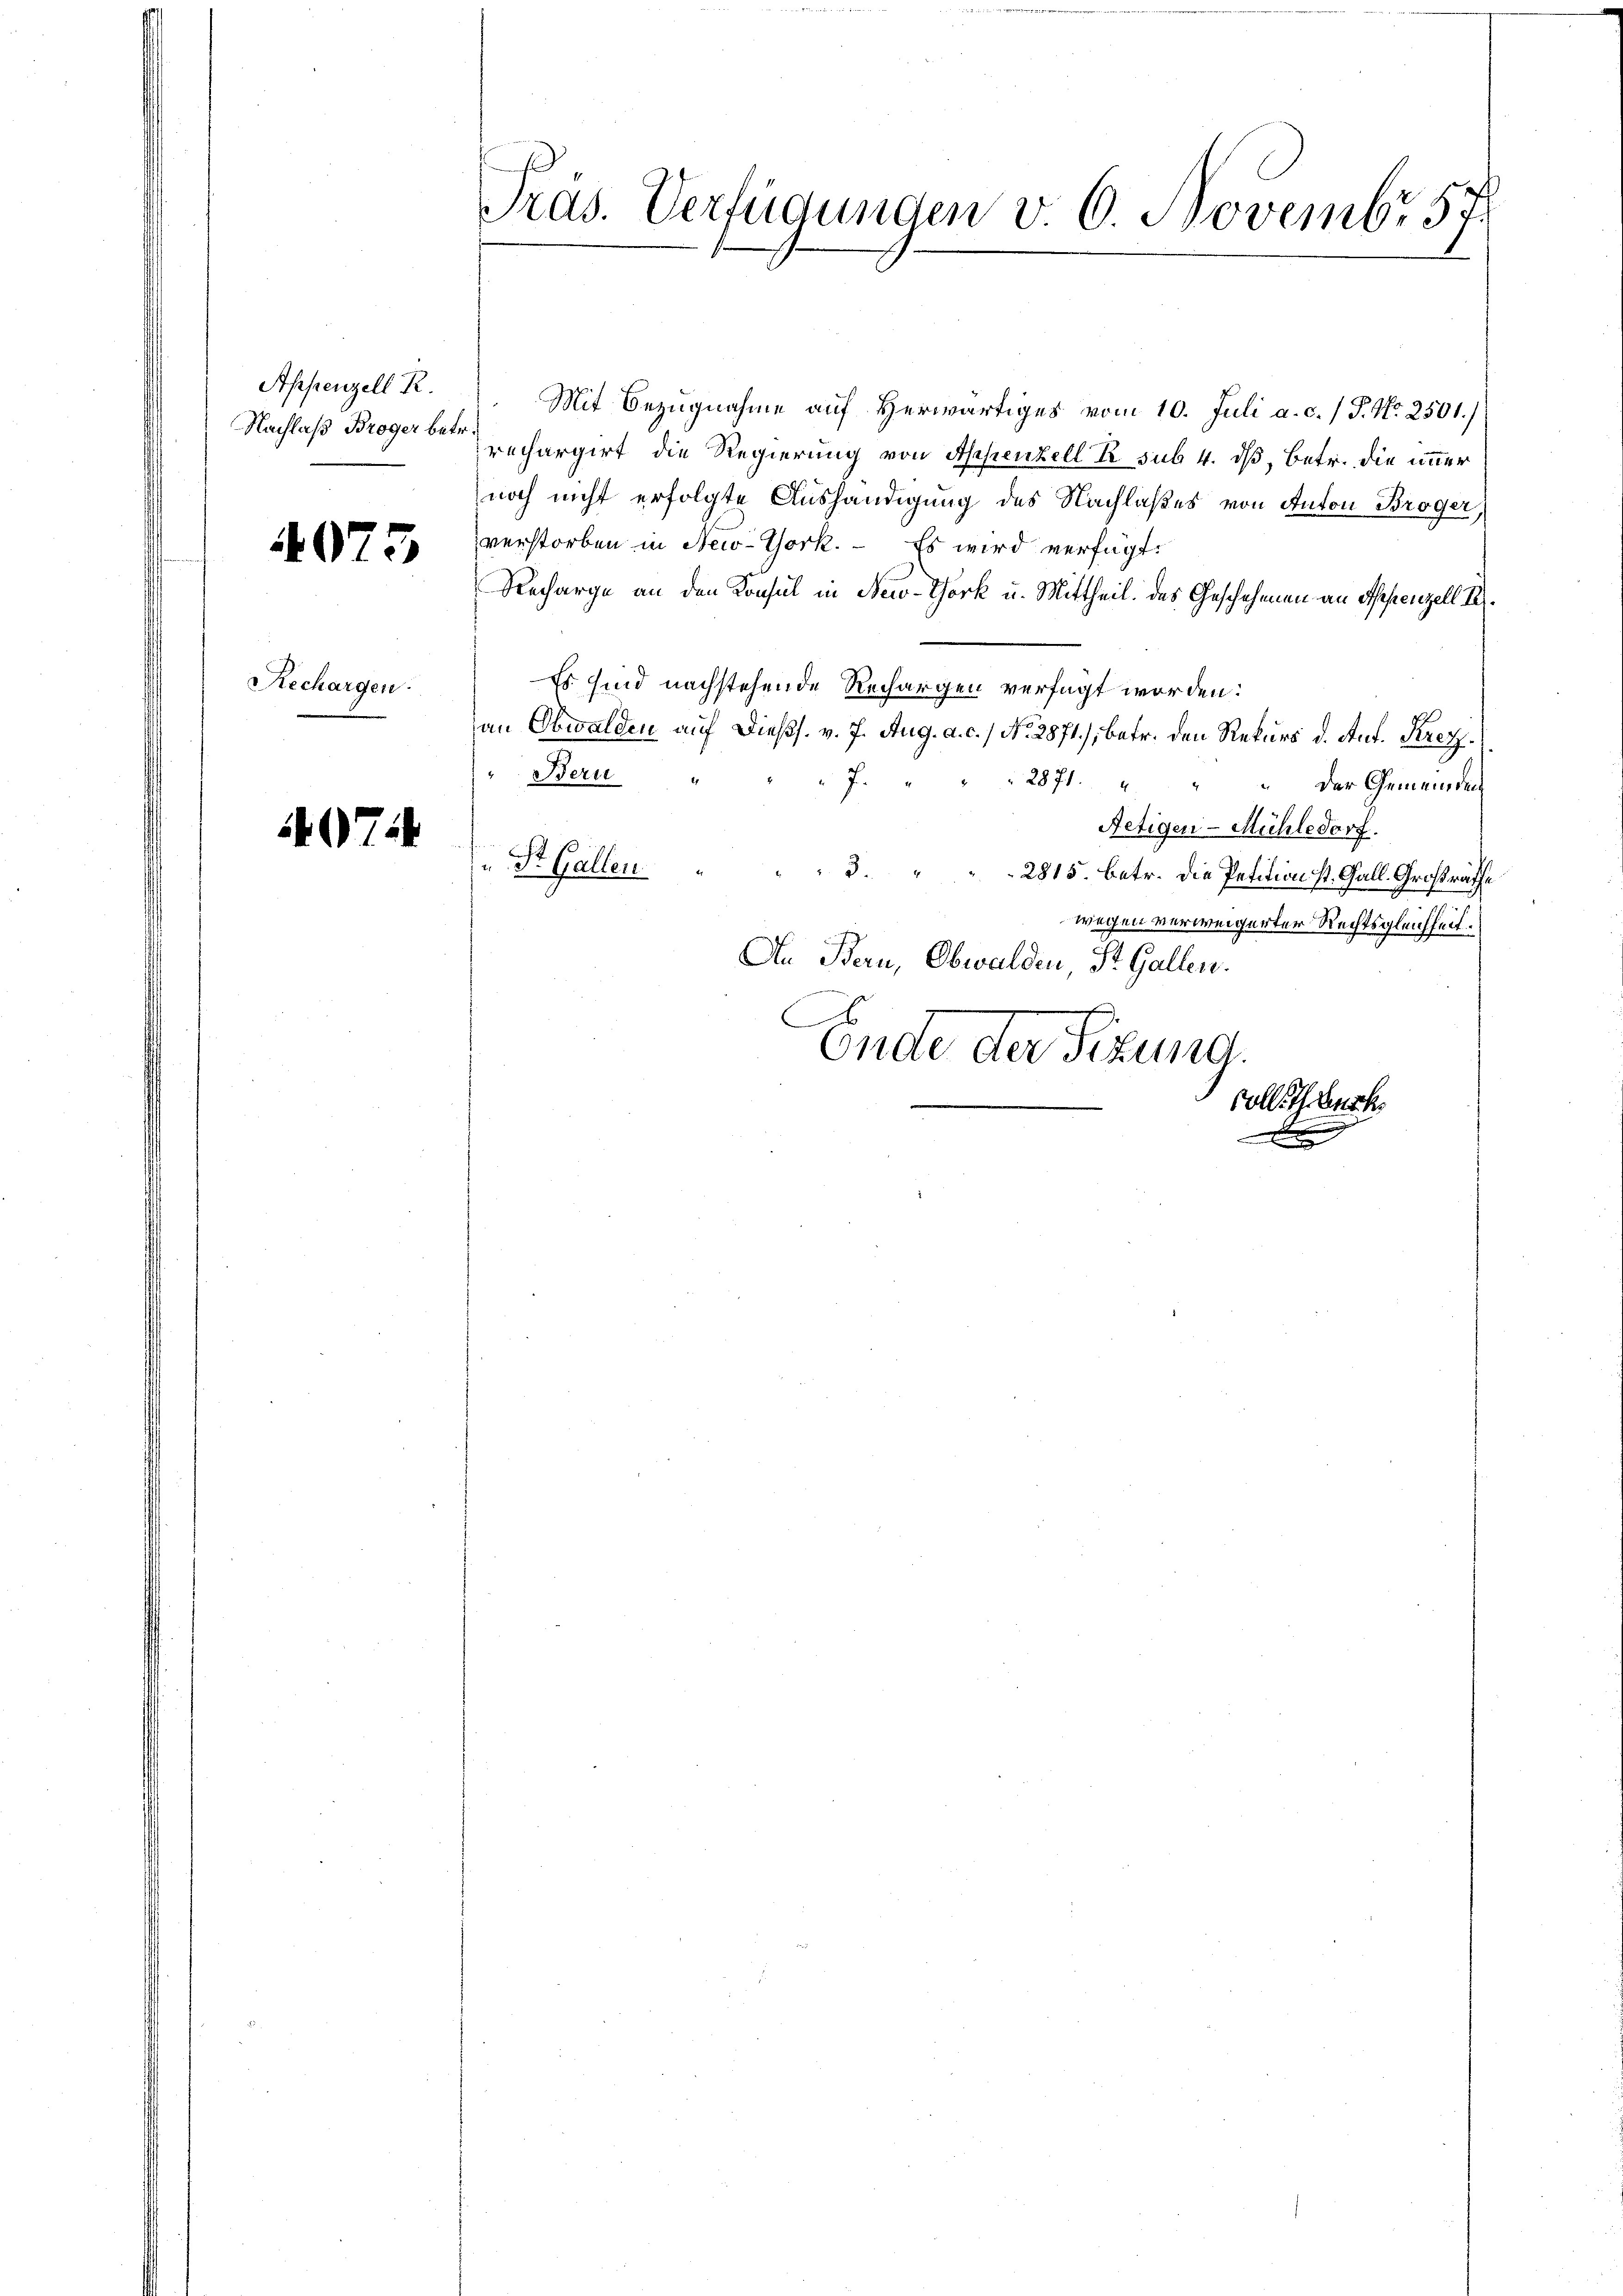
Appenzell R.
Nachlaß Broger betr.

4075

Rechargen.

407.

Präs. Verfügungen v. 6. Novembr 57.

Mit Bezugnahme auf Herwärtiges vom 10. Juli a. c. / P. Nr. 2501./
rechargirt die Regierung von Appenzell Er sub. 4. dß, Betr. die immer
noch nicht erfolgte Aushändigung des Nachlaßes von Anton Broger,
verstorben in New-York. - Es wird versagt:
Recharge an den Konsul in New-York u. Mittheil. Das Geschehenen an Appenzell I.
Es sind nachstehende Rechargen verfügt worden:
van Obwalden auf dießs. v. 7. Aug. a. c. / No. 2871), betr. den Rekurs d. Auf. Krezz
Beru
2871. 4
J.
 Der Gemeinden
Netigen-Mühledorf.
" Dr. Gallen " " " 3. " " " 2815. betr. die Petition st. Gall. Großrathe
wegen verweigerter Rechtsgleichheit.
An Bern, Obwalden, St. Gallen.
Ende der Sitzung.

Colle Theurk.
x